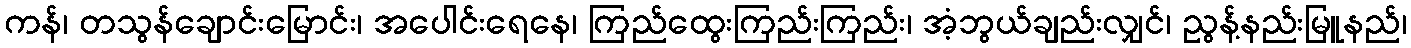
ကန်၊ တသွန်ချောင်းမြောင်း၊ အပေါင်းရေနေ၊ ကြည်ထွေးကြည်းကြည်း၊ အံ့ဘွယ်ချည်းလျှင်၊ ညွန့်နည်းမြူနည်၊